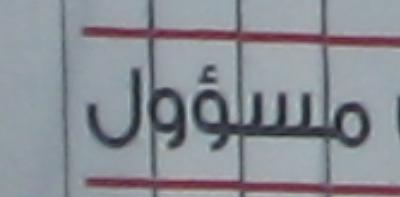
مسؤول